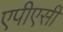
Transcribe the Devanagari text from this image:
एपीएसी